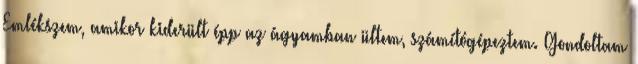
Emlékszem, amikor kiderült épp az ágyamban ültem, számítógépeztem. Gondoltam